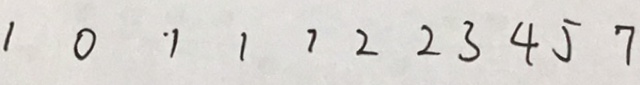
1 0 ^ { \cdot } 1 1 7 2 2 3 4 5 7